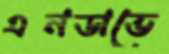
এনডাভে